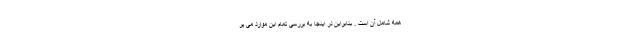
همه شامل آن است . بنابراین در اینجا به بررسی تمام این موارد می پر